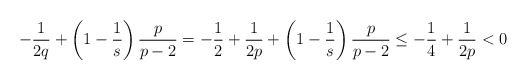
\begin{align*}-\frac1{2q} + \left(1 - \frac1s\right)\frac{p}{p-2} =-\frac12 +\frac1{2p}+\left(1 - \frac1s\right)\frac{p}{p-2} \le -\frac14 + \frac1{2p} < 0\end{align*}